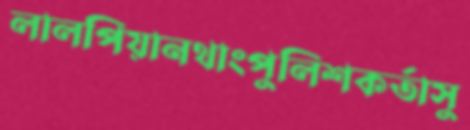
লালপিয়ানথাংপুলিশকর্তাসু